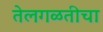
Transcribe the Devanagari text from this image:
तेलगळतीचा